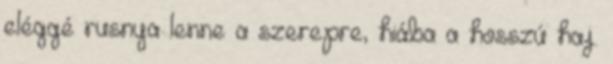
eléggé rusnya lenne a szerepre, hiába a hosszú haj.